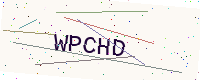
Text: WPCHD